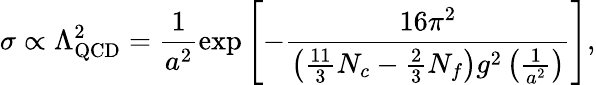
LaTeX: \sigma\propto\Lambda_{\mathrm{QCD}}^{2}=\frac{1}{a^{2}}\exp\left[-\frac{16\pi^{2}}{\left(\frac{11}{3}N_{c}-\frac 23N_{f}\right)g^{2}\left(\frac{1}{a^{2}}\right)}\right],